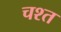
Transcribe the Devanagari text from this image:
चश्त